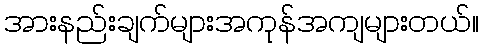
အားနည်းချက်များအကုန်အကျများတယ်။